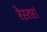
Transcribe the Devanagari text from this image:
रेस्‍तरां